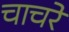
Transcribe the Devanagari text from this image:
चाचरे